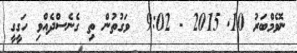
ނޮވެމްބަރު 10